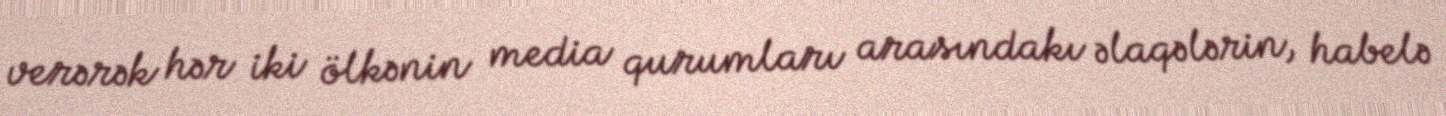
verərək hər iki ölkənin media qurumları arasındakı əlaqələrin, habelə